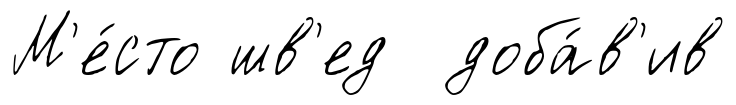
М'е́сто шв'ед доба́в'ив